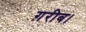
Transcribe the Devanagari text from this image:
ग़रीब।